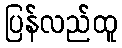
ပြန်လည်ထူ